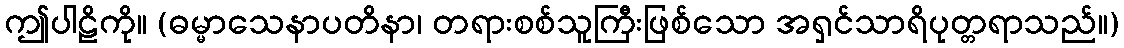
ဤပါဠိကို။ (ဓမ္မာသေနာပတိနာ၊ တရားစစ်သူကြီးဖြစ်သော အရှင်သာရိပုတ္တရာသည်။)